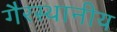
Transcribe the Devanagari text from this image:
गैरस्थानीय